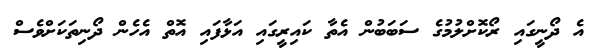
އެ ދޯނީގައި ރޯކޮށްލުމުގެ ސަބަބުން އެތާ ކައިރީގައި އަޅާފައި އޮތް އެހެން ދޯނިތަކަށްވެސް